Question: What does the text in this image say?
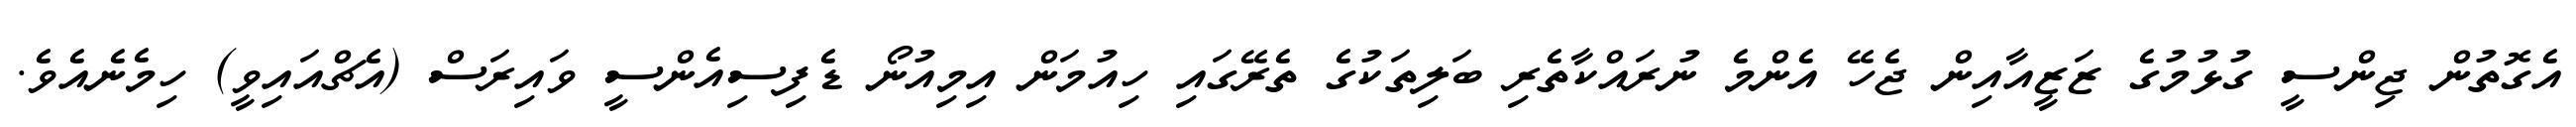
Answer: އެގޮތުން ޖިންސީ ގުޅުމުގެ ޒަޒީއާއިން ޖެހޭ އެންމެ ނުރައްކާތެރި ބަލިތަކުގެ ތެރޭގައި ހިއުމަން އިމިއުނޯ ޑެފިސިއެންސީ ވައިރަސް (އެޗްއައިވީ) ހިމެނެއެވެ.